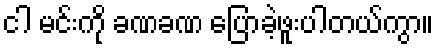
ငါ မင်းကို ခဏခဏ ပြောခဲ့ဖူးပါတယ်ကွာ။